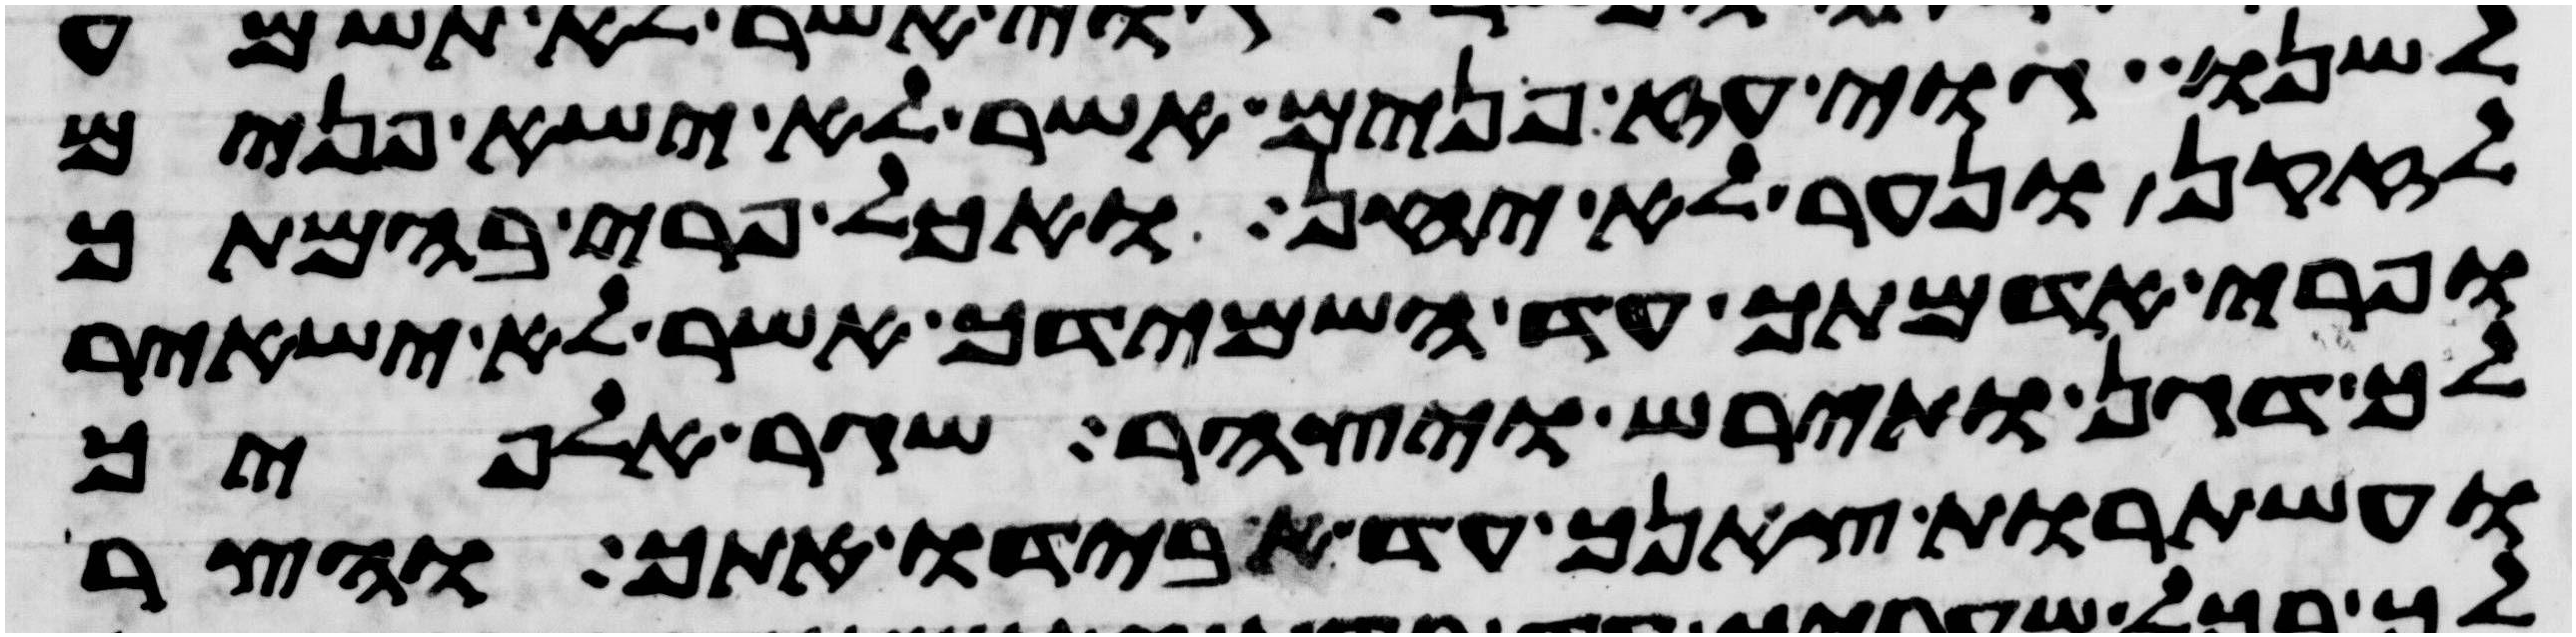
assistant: לשנו גוי עז פנים אשר לא ישא פנים
לזקן ונער לא יחן ואכל פרי בהמתך
ופרי אדמתך עד השמידך אשר לא ישאיר
לך דגן ותירש ויצהר שגר אלפיך
ועשתרות צאנך עד אבידו אתך והצר